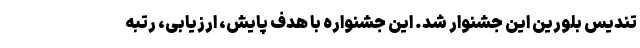
تندیس بلورین این جشنوار شد. این جشنواره با هدف پایش، ارزیابی، رتبه